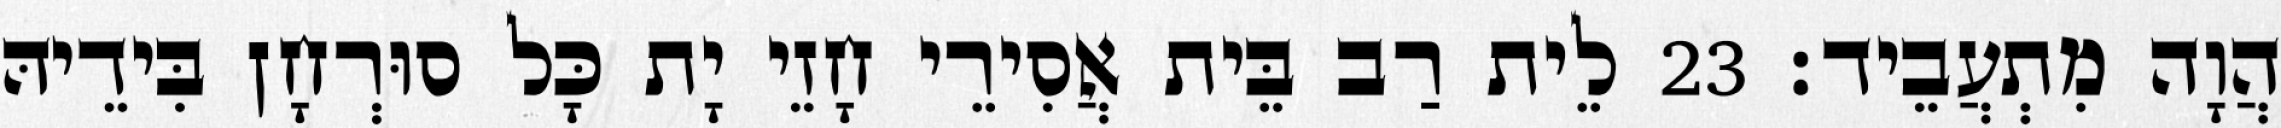
הֲוָה מִתְעֲבֵיד׃ 23 לֵית רַב בֵּית אֲסִירֵי חָזֵי יָת כָּל סוּרְחָן בִּידֵיהּ